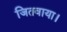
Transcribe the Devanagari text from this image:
जितवाया।